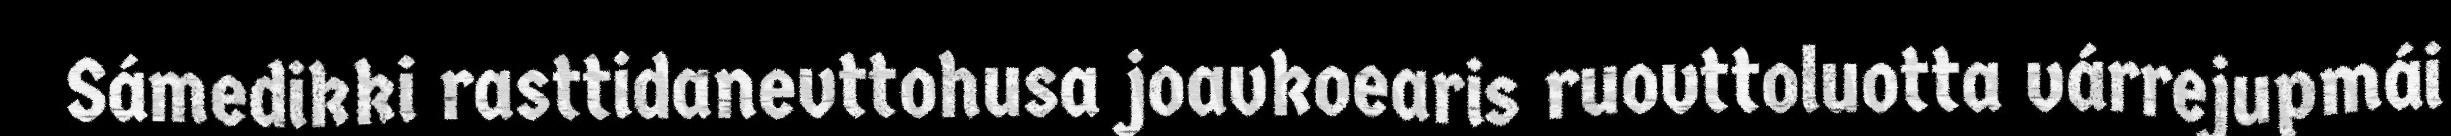
Sámedikki rasttidanevttohusa joavkoearis ruovttoluotta várrejupmái